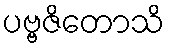
ပဗ္ဗဇိတောသိ